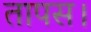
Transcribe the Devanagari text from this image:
तापस।